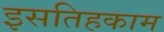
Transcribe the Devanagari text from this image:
इसतिहकाम